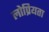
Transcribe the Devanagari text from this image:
लोप्रियता